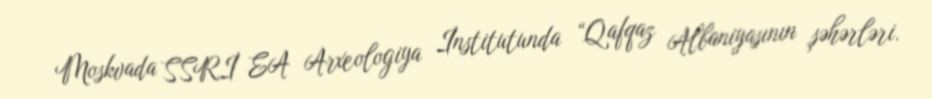
Moskvada SSRİ EA Arxeologiya İnstitutunda “Qafqaz Albaniyasının şəhərləri.